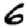
Digit: 6